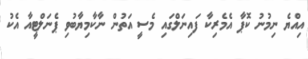
އިއްޔެ ނިމުނު ކޮޕާ އެމެރިކާ ފައިނަލްގައި މެސީ އަތުން ނާކާމިޔާބުވި ޕެނަލްޓީއާ އެކު